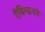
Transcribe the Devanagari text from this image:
ऍबिग्डनने